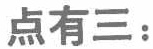
点有三：